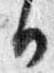
日